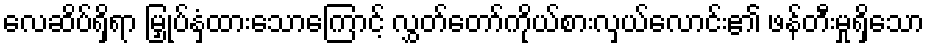
လေဆိပ်ရှိရာ မြှုပ်နှံထားသောကြောင့် လွှတ်တော်ကိုယ်စားလှယ်လောင်း၏ ဖန်တီးမှုရှိသော